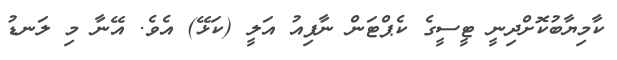
ކާމިޔާބުކޮށްދިނީ ޓީސީގެ ކެޕްޓަން ނާފިއު އަލީ (ކަޅޭ) އެވެ. އޭނާ މި ލަނޑު